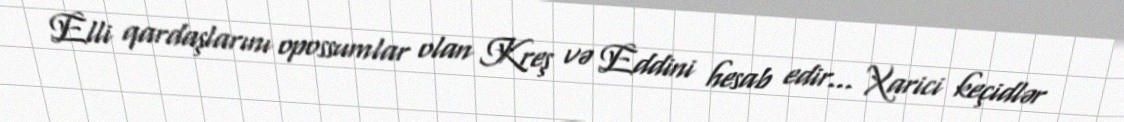
Elli qardaşlarını opossumlar olan Kreş və Eddini hesab edir... Xarici keçidlər